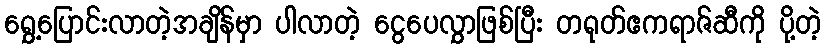
ရွှေ့ပြောင်းလာတဲ့အချိန်မှာ ပါလာတဲ့ ငွေပေလွှာဖြစ်ပြီး တရုတ်ဧကရာဇ်ဆီကို ပို့တဲ့